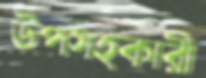
উপসহকারী